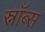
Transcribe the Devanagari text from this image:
स्नॉब्स